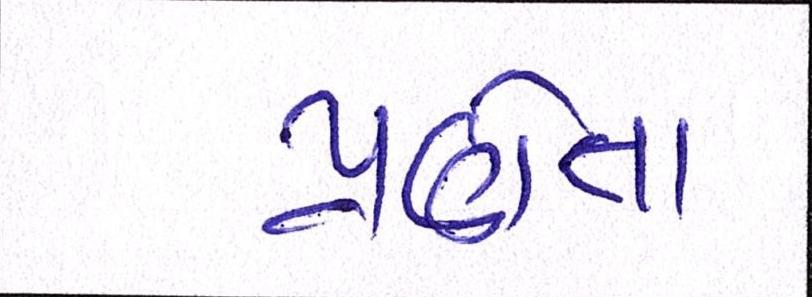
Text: પ્રણેતા